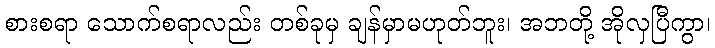
စားစရာ သောက်စရာလည်း တစ်ခုမှ ချန်မှာမဟုတ်ဘူး၊ အဘတို့ အိုလှပြီကွာ၊